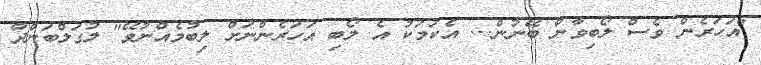
"އަހަރެން ވެސް ލޯބިވާން ބޭނުން... އެކަމަކު އެ ލޯބި އަހަރެންނަށް ލިބުމެއްނުވޭ" ލުގަލްބަންދާ